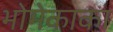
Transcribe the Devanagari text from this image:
भोमेकाका